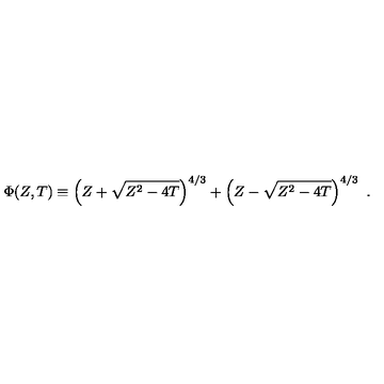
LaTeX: \Phi ( Z , T ) \equiv \left( Z + \sqrt { Z ^ { 2 } - 4 T } \right) ^ { 4 / 3 } + \left( Z - \sqrt { Z ^ { 2 } - 4 T } \right) ^ { 4 / 3 } \ .